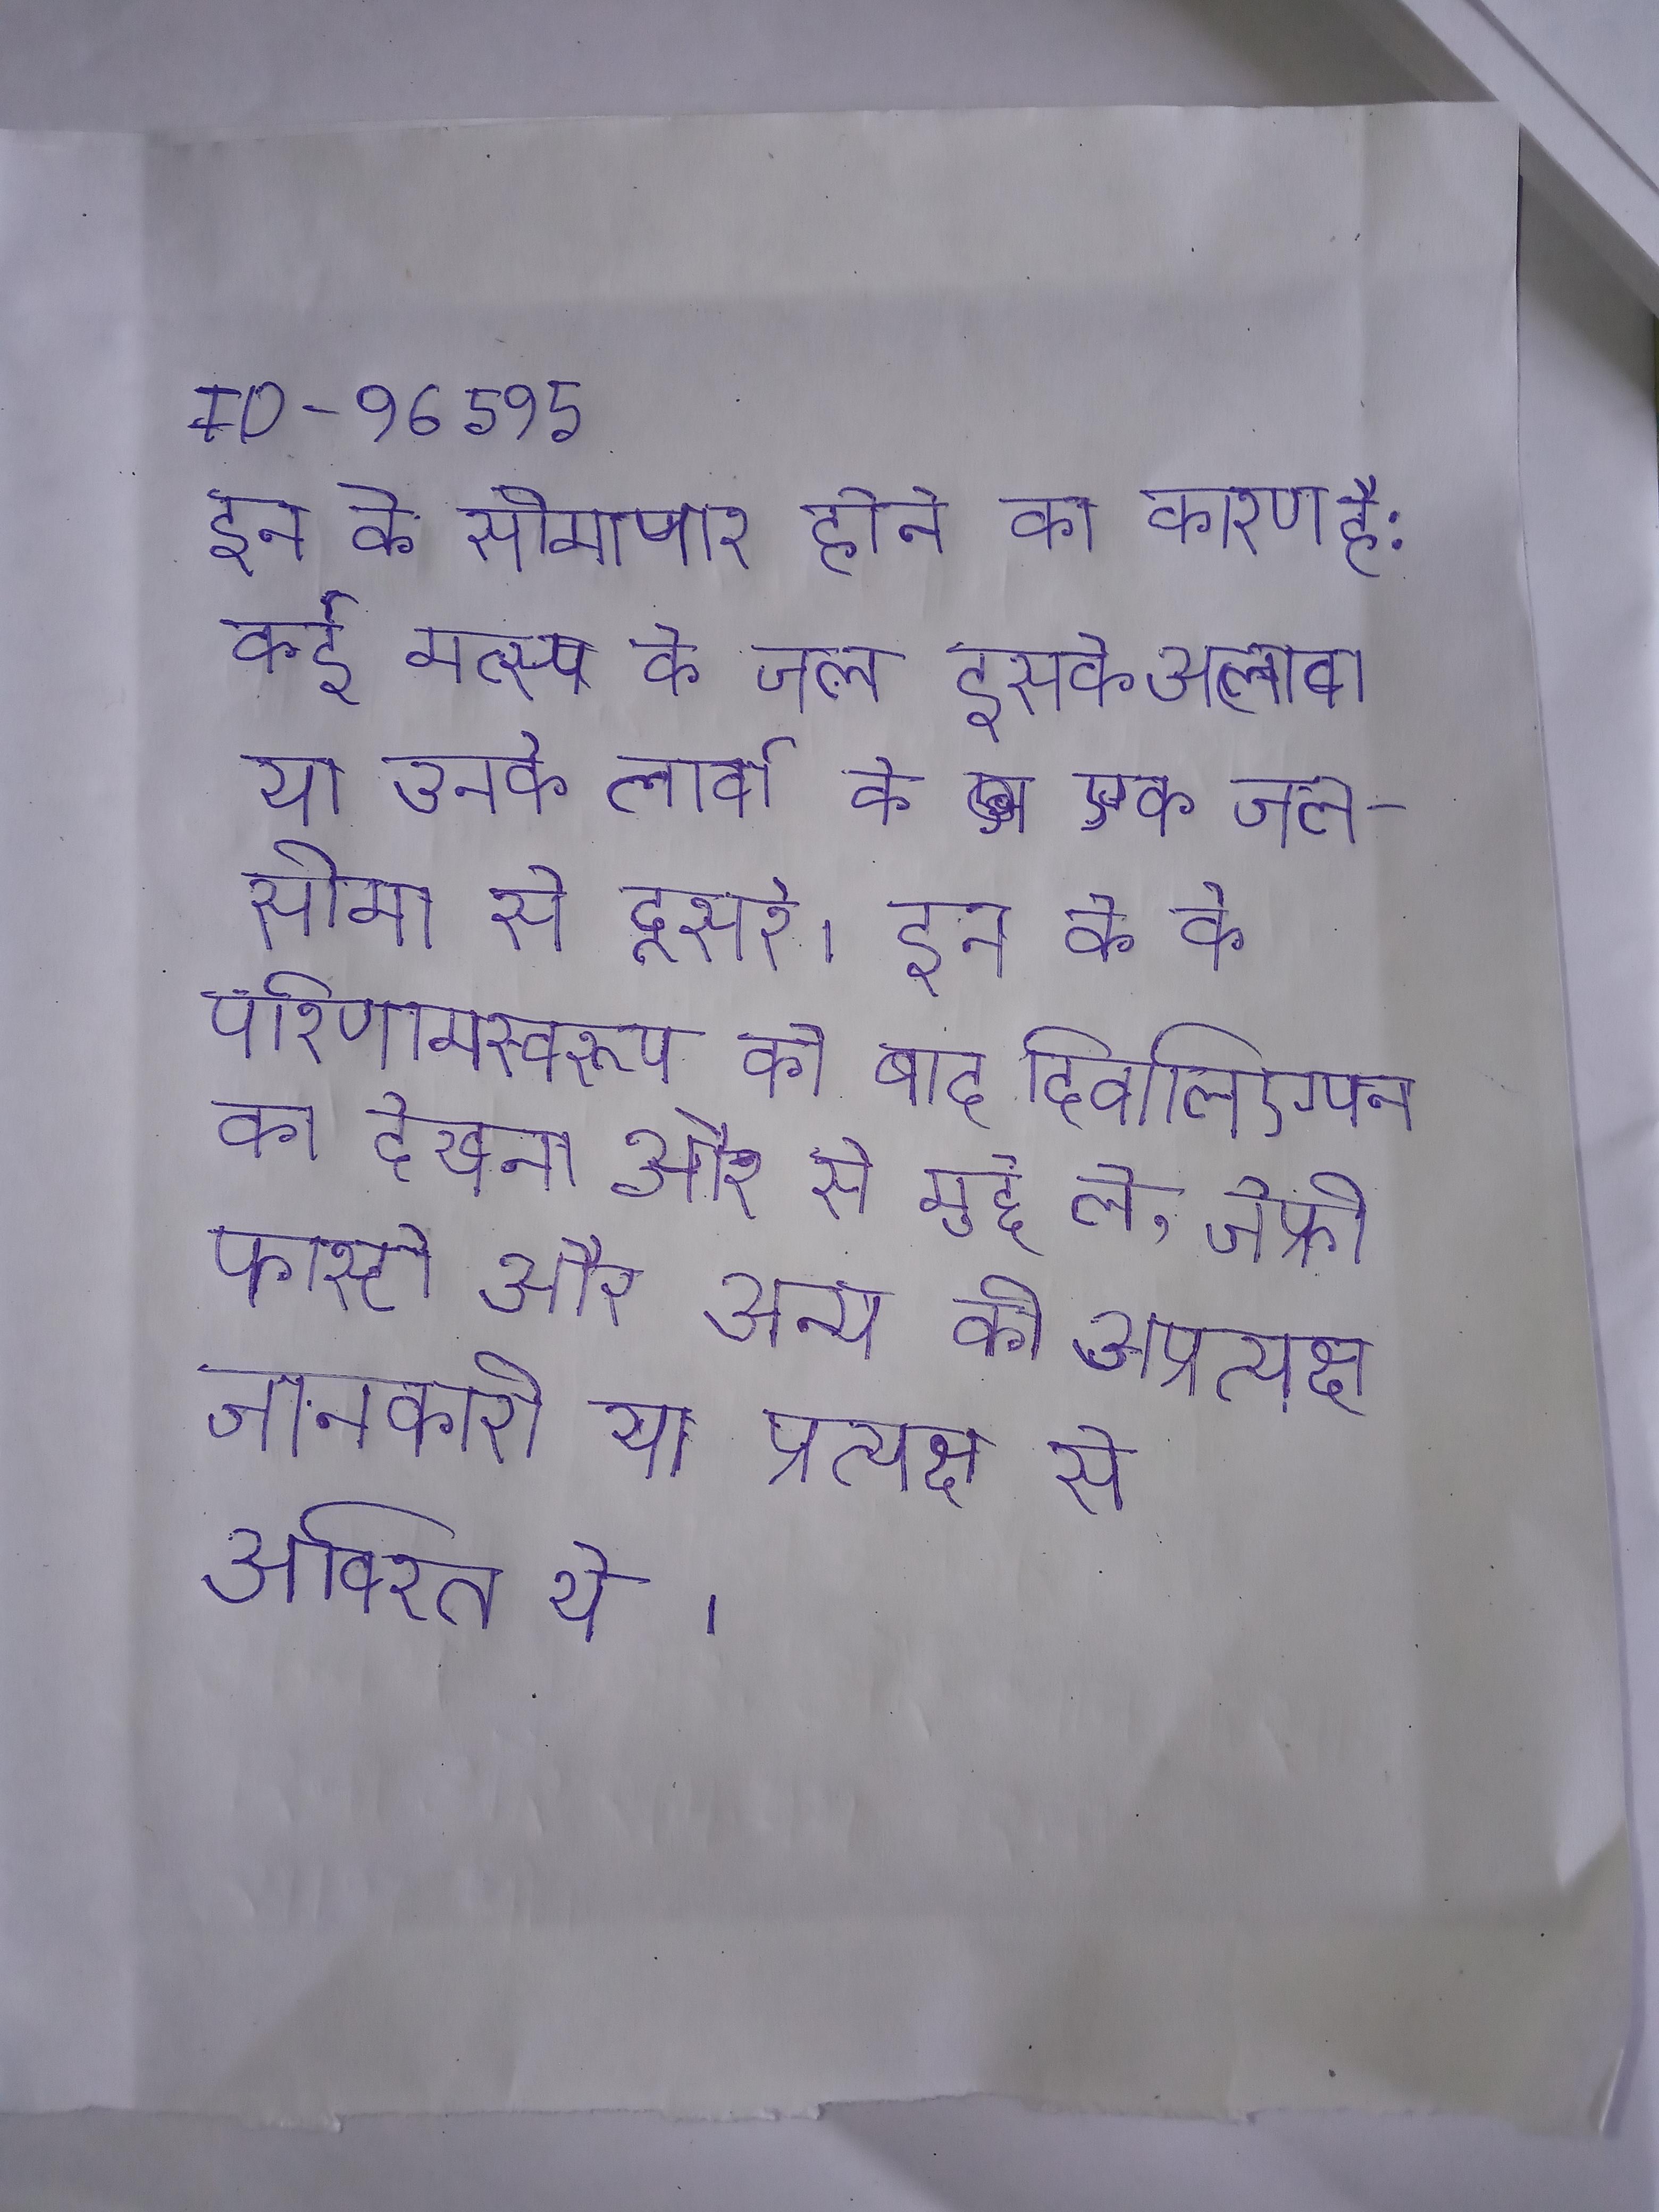
इन के सीमापार होने का कारण है: कई मत्स्य के जल इसके अलावा या उनके लार्वा के एक जल-सीमा से दूसरे । इन के के परिणामस्वरूप को बाद दिवालिएपन का देखना और से मुद्दे ले, जेफ्री फास्टो और अन्य की अप्रत्यक्ष जानकारी या प्रत्यक्ष से अविरत थे ।